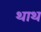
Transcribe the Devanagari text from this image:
थाथ